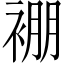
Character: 䙀